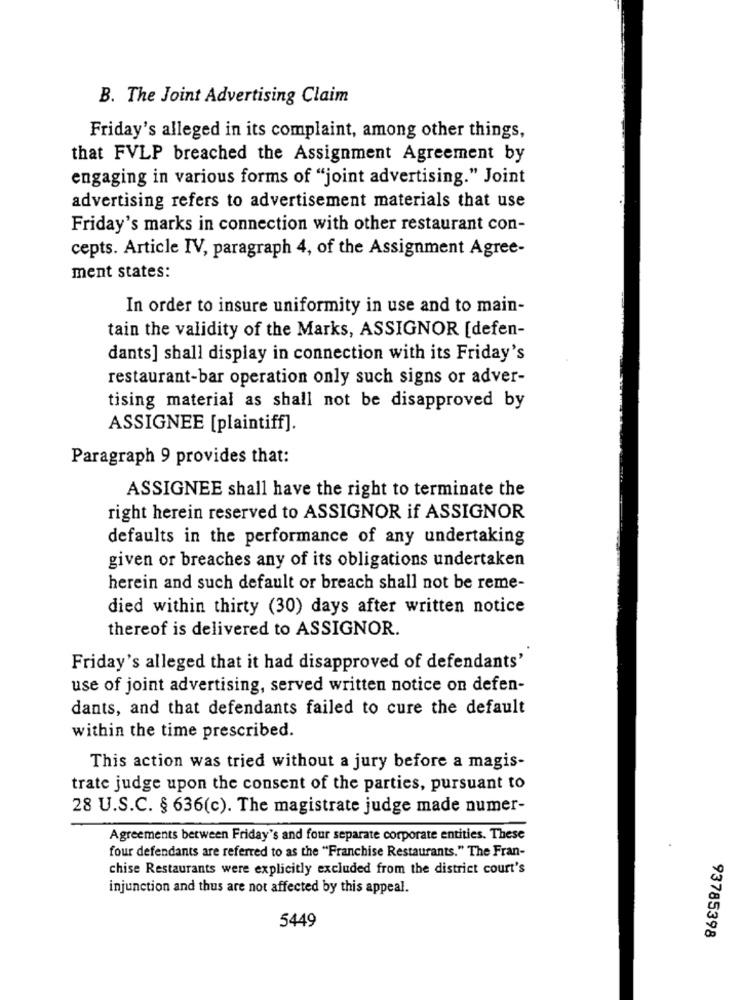
B. The Joint Advertising Claim
Friday's alleged in its complaint, among other things,
that FVLP breached the Assignment Agreement by
engaging in various forms of "joint advertising." Joint
advertising refers to advertisement materials that use
Friday's marks in connection with other restaurant con-
cepts. Article IV, paragraph 4, of the Assignment Agree-
ment states:
In order to insure uniformity in use and to main-
tain the validity of the Marks, ASSIGNOR [defen-
dants] shall display in connection with its Friday's
restaurant-bar operation only such signs or adver-
tising material as shall not be disapproved by
ASSIGNEE [plaintiff].
Paragraph 9 provides that:
ASSIGNEE shall have the right to terminate the
right herein reserved to ASSIGNOR if ASSIGNOR
defaults in the performance of any undertaking
given or breaches any of its obligations undertaken
herein and such default or breach shall not be reme-
died within thirty (30) days after written notice
thereof is delivered to ASSIGNOR.
Friday's alleged that it had disapproved of defendants'
use of joint advertising, served written notice on defen-
dants, and that defendants failed to cure the default
within the time prescribed.
This action was tried without a jury before a magis-
trate judge upon the consent of the parties, pursuant to
28 U.S.C. § 636(c). The magistrate judge made numer-
Agreements between Friday's and four separate corporate entities. These
four defendants are referred to as the "Franchise Restaurants." The Fran-
chise Restaurants were explicitly excluded from the district court's
injunction and thus are not affected by this appeal.
5449
93785398